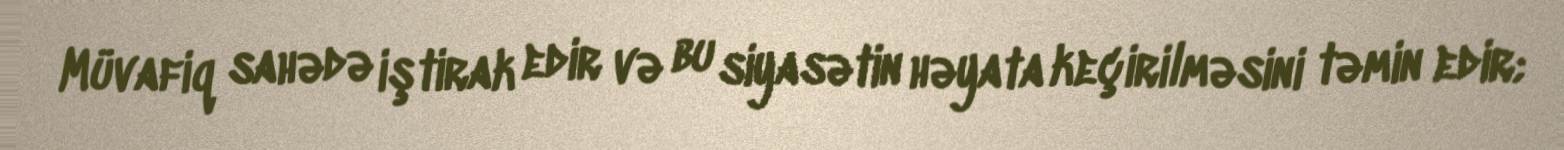
Müvafiq sahədə iştirak edir və bu siyasətin həyata keçirilməsini təmin edir;